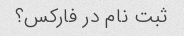
ثبت نام در فارکس؟